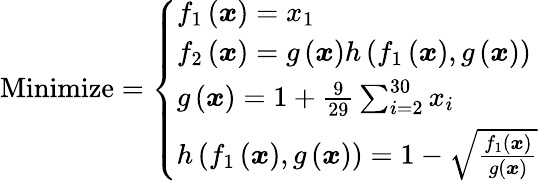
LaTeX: {\mathrm{Minimize}}={\left\{ \begin{array}{ll}{f_{1}\left({\boldsymbol{x}}\right)=x_{1}}\\ {f_{2}\left({\boldsymbol{x}}\right)=g\left({\boldsymbol{x}}\right)h\left(f_{1}\left({\boldsymbol{x}}\right),g\left({\boldsymbol{x}}\right)\right)}\\ {g\left({\boldsymbol{x}}\right)=1+{\frac{9}{29}}\sum_{i=2}^{30}x_{i}}\\ {h\left(f_{1}\left({\boldsymbol{x}}\right),g\left({\boldsymbol{x}}\right)\right)=1-{\sqrt{\frac{f_{1}\left({\boldsymbol{x}}\right)}{g\left({\boldsymbol{x}}\right)}}}}\end{array}\right.}